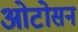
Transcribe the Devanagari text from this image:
ओटोसन